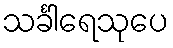
သင်္ခါရေသုပေ